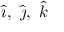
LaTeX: { \hat { \boldsymbol { \imath } } } , \ { \hat { \boldsymbol { \jmath } } } , \ { \hat { \boldsymbol { k } } }